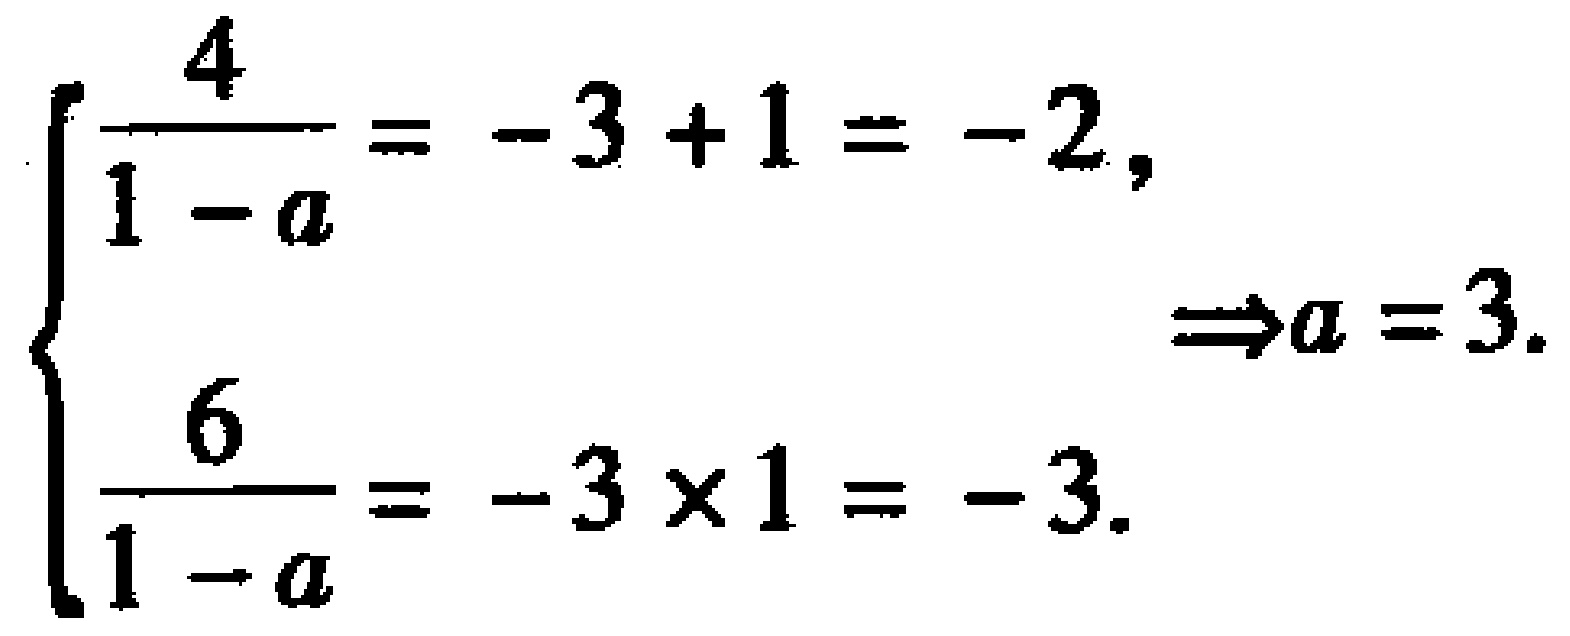
\[\begin{cases}

\frac{4}{1 - a} = -3 + 1 = -2,\\

\frac{6}{1 - a} = -3\times1 = -3.

\end{cases}\Rightarrow a = 3.\]